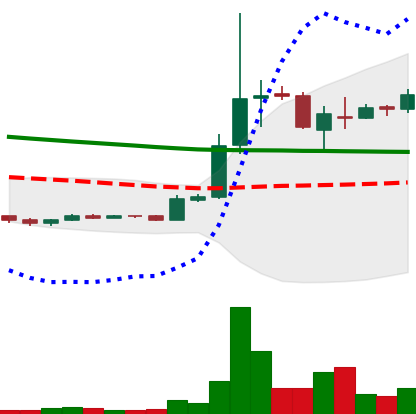
Ticker: XRP-USD
Chart end date: 2018-09-29
Forward return: -7.812%
Label: down_7plus